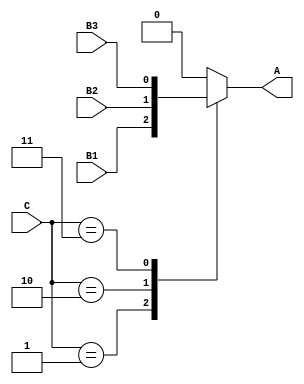
module module_2
    (output reg A,
    input wire B1, B2, B3, 
    input wire [2:0] C);

    always @ (B1, B2, B3, C) 
        begin
            case ( {C} )
                1 : A = B1;
                2 : A = B2;
                3 : A = B3;
                default : A = 1'b0;
            endcase
        end

endmodule